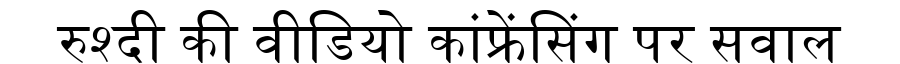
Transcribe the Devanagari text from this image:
रुश्दी की वीडियो कांफ्रेंसिंग पर सवाल